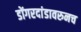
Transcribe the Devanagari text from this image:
डोंगरदांडावरुनच